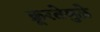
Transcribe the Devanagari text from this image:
क्रूरतेमुळे